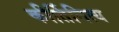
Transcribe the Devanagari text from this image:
कीर्तिनित्य